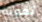
تقولة